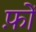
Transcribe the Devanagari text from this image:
फ़ों